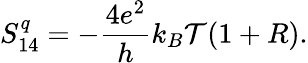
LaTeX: S_{14}^{q}=-\frac{4e^{2}}{h}k_{B}\mathcal{T}(1+R).